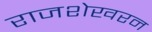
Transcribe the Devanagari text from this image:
राजशेखरन